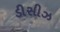
ડીસીઝ